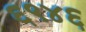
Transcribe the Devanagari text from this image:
६९४६